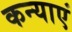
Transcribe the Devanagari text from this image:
कन्‍याएं